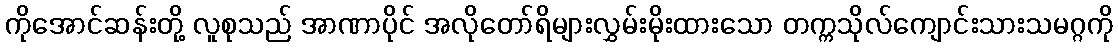
ကိုအောင်ဆန်းတို့ လူစုသည် အာဏာပိုင် အလိုတော်ရိများလွှမ်းမိုးထားသော တက္ကသိုလ်ကျောင်းသားသမဂ္ဂကို